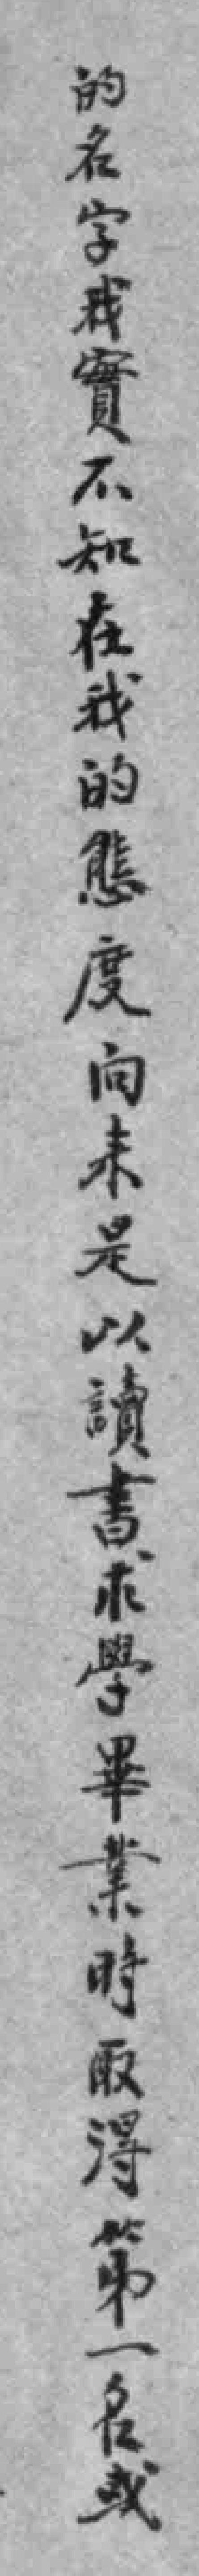
的名字我實不知在我的態度向来是以讀書求學畢業時取得第一名或